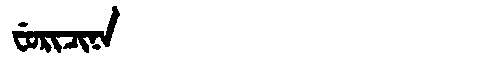
Manchu: ᠸᡠᡵᡳᠴᡳᠨᠠ
Romanization: FURICINA